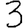
Digit: 3